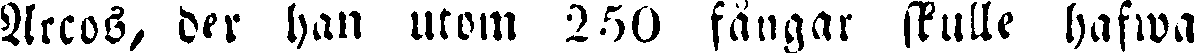
Arcos, der han utom 250 fångar skulle hafwa